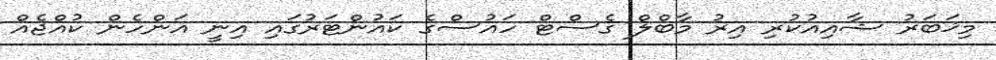
މިޚަބަރު ޝާއިއުކުރި އިރު މާބްލް ގެސްޓް ހައުސްގެ ކައުންޓަރުގައި އިނީ އަންހެން ކުއްޖެއް